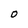
Character: O